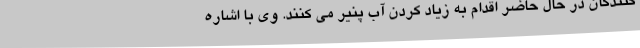
کنندگان در حال حاضر اقدام به زیاد کردن آب پنیر می کنند. وی با اشاره